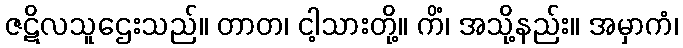
ဇဋိလသူဌေးသည်။ တာတ၊ ငါ့သားတို့။ ကိံ၊ အသို့နည်း။ အမှာကံ၊